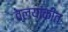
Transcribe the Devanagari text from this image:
वलयांकीत